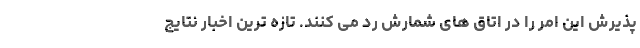
پذیرش این امر را در اتاق های شمارش رد می کنند. تازه ترین اخبار نتایج